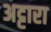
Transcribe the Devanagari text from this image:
अट्टारा